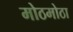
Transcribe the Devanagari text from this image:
मोठमोठा